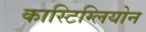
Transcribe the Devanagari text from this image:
कास्टिग्लियोन